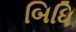
બિધિ